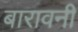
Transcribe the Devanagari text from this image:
बारावनी